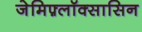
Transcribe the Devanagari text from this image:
जेमिफ़्लॉक्सासिन